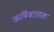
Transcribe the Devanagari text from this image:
ऋषिबालक